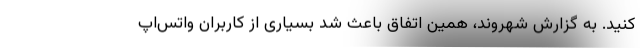
کنید. به گزارش شهروند، همین اتفاق باعث شد بسیاری از کاربران واتس‌اپ